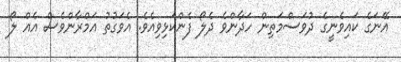
އޭނަގެ ކައިވެނީގެ ދުވަސްމަތިން ހަދާންވެ ދެލޯ ފެންކަޅިވިއެވެ. އެވަގުތު އަމްރާންވެސް އެއް ލޯ